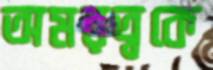
অমরত্বকে